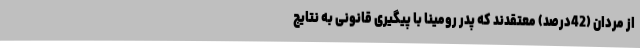
از مردان (42درصد) معتقدند که پدر رومینا با پیگیری قانونی به نتایج